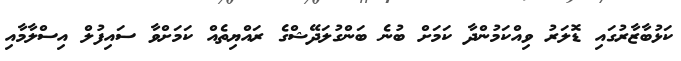
ކަޅުބާޒާރުގައި ޑޮލަރު ވިއްކަމުންދާ ކަމަށް ބުނެ ބަންގުލަދޭޝްގެ ރައްޔިތެއް ކަމަށްވާ ސައިފުލް އިސްލާމާއި